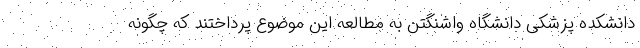
دانشکده پزشکی دانشگاه واشنگتن به مطالعه این موضوع پرداختند که چگونه